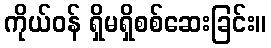
ကိုယ်ဝန် ရှိမရှိစစ်ဆေးခြင်း။